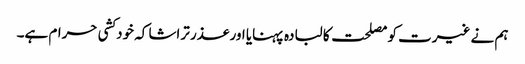
ہم نے غیرت کو مصلحت کا لبادہ پہنایا اور عذر تراشا کہ خودکشی حرام ہے۔